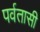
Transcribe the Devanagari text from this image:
पर्वतासी